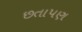
છતાપણ